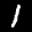
Label: 1